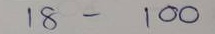
18 - 100